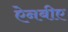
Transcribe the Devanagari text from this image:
ऐनबीए